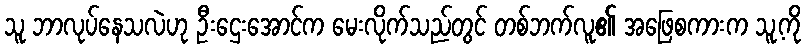
သူ ဘာလုပ်နေသလဲဟု ဦးဌေးအောင်က မေးလိုက်သည်တွင် တစ်ဘက်လူ၏ အဖြေစကားက သူ့ကို